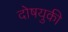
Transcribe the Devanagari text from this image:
दोषयुकी